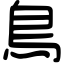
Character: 鳥